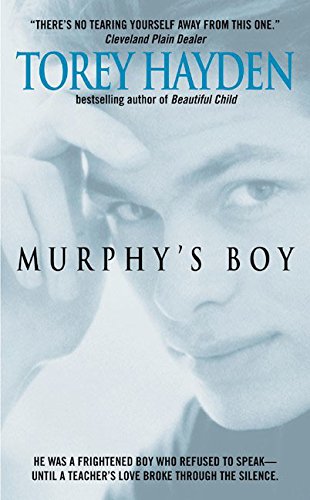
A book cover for Murphy's Boy; Torey Hayden; Biographies & Memoirs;